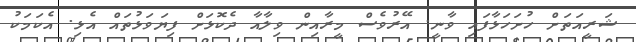
ޝަރީއަތަށް ހުށަހަޅާފައި ވާނީ. އޭރުވެސް މީރާއިން ވިލާއާ ދެކޮޅަށް ފިޔަވަޅުތައް އެޅި. އެކަމަކު